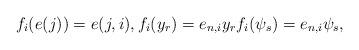
LaTeX: \begin{align*}f_i(e(j))=e(j,i),f_i(y_r)=e_{n,i}y_r f_i(\psi_s)=e_{n,i}\psi_s,\end{align*}